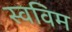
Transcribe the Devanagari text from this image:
स्वविम